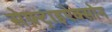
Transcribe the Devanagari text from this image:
सेफ़्ट्राइऐक्सोन